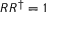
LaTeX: R R ^ { \dagger } = 1